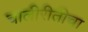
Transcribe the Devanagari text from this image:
चालीरीतीचा